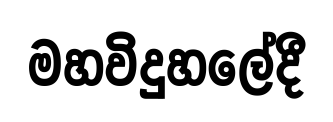
මහවිදුහලේදී